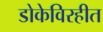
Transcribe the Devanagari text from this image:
डोकेविरहीत